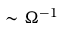
\sim \Omega ^ { - 1 }